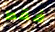
فقط